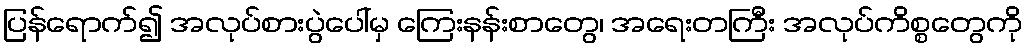
ပြန်ရောက်၍ အလုပ်စားပွဲပေါ်မှ ကြေးနန်းစာတွေ၊ အရေးတကြီး အလုပ်ကိစ္စတွေကို